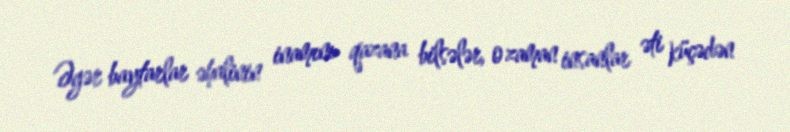
Əgər baytarlar əhalinin inamını qazana bilsələr, o zaman insanlar əti küçədən